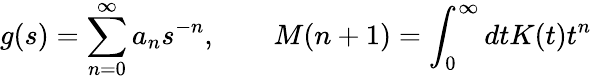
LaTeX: g(s)=\sum_{n=0}^{\infty}a_{n}s^{-n},\qquad M(n+1)=\int_{0}^{\infty}dtK(t)t^{n}